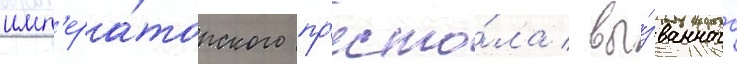
имп'ера́торского пр'есто́ла / вы́званного